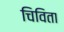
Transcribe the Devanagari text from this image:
चिविता